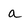
Character: a